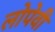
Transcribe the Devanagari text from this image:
लोपेवी